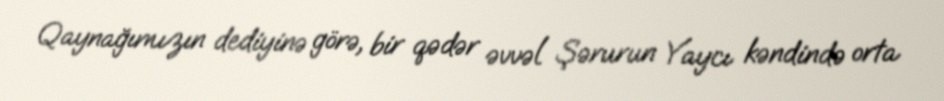
Qaynağımızın dediyinə görə, bir qədər əvvəl Şərurun Yaycı kəndində orta